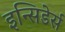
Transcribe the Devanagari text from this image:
इन्सिडेर्स